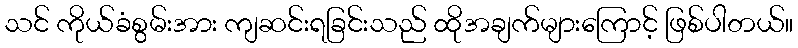
သင် ကိုယ်ခံစွမ်းအား ကျဆင်းရခြင်းသည် ထိုအချက်များကြောင့် ဖြစ်ပါတယ်။